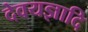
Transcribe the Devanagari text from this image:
देवयज्ञादि